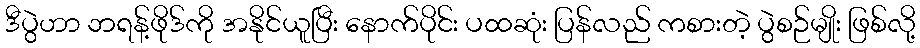
ဒီပွဲဟာ ဘရန့်ဖိုဒ်ကို အနိုင်ယူပြီး နောက်ပိုင်း ပထဆုံး ပြန်လည် ကစားတဲ့ ပွဲစဉ်မျိုး ဖြစ်လို့